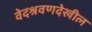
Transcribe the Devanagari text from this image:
वेदश्रवणदेखील